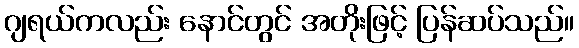
ဂျရယ်ကလည်း နောင်တွင် အတိုးဖြင့် ပြန်ဆပ်သည်။